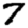
Digit: 7